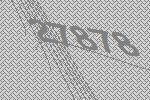
27878